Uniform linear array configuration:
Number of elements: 32
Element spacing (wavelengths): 0.5
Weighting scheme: uniform
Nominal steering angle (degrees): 30
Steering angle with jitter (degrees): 28.31
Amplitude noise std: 0.05
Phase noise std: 0.05

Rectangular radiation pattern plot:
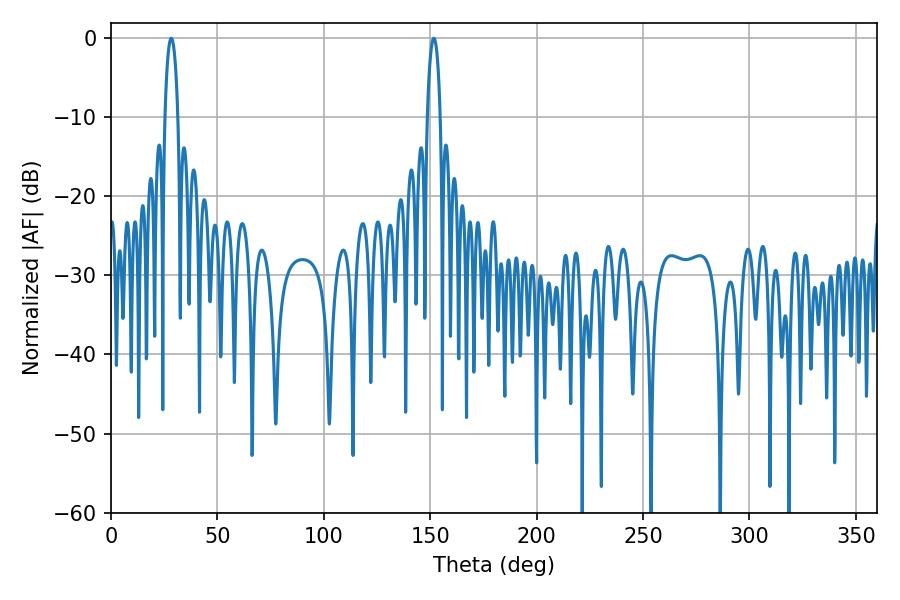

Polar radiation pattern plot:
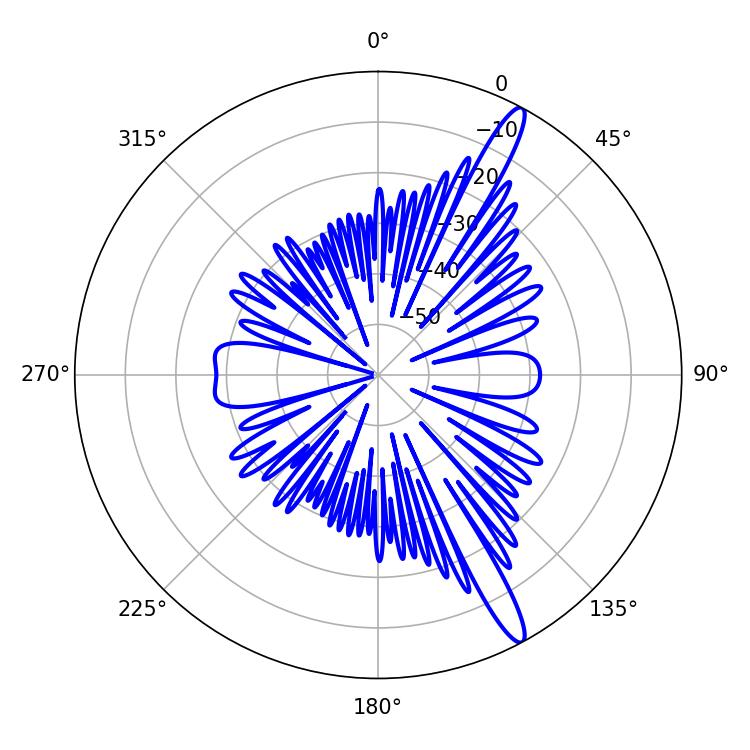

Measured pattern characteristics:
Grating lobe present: FALSE
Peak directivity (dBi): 14.774
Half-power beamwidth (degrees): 3.42
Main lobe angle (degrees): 151.74